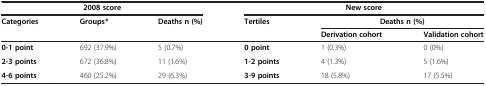
| <COLSPAN=3> 2008 score | <COLSPAN=3> New score |
 | <ROWSPAN=2> Categories | <ROWSPAN=2> Groups* | <ROWSPAN=2> Deaths n (%) | <ROWSPAN=2> Tertiles | <COLSPAN=2> Deaths n (%) |
 | Derivation cohort | Validation cohort |
 | --- | --- | --- | --- | --- | --- |
 | 0-1 point | 692 (37.9%) | 5 (0.7%) | 0 point | 1 (0.3%) | 0 (0%) |
 | 2-3 points | 672 (36.8%) | 11 (1.6%) | 1-2 points | 4 (1.3%) | 5 (1.6%) |
 | 4-6 points | 460 (25.2%) | 29 (6.3%) | 3-9 points | 18 (5.8%) | 17 (5.5%) |